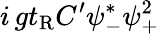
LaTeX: i\, gt_{\mathrm{R}}C^{\prime}\psi_{-}^{*}\psi_{+}^{2}